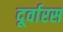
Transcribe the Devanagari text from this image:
दूर्वारस